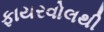
ફાયરવોલથી